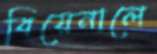
বিয়েনালে